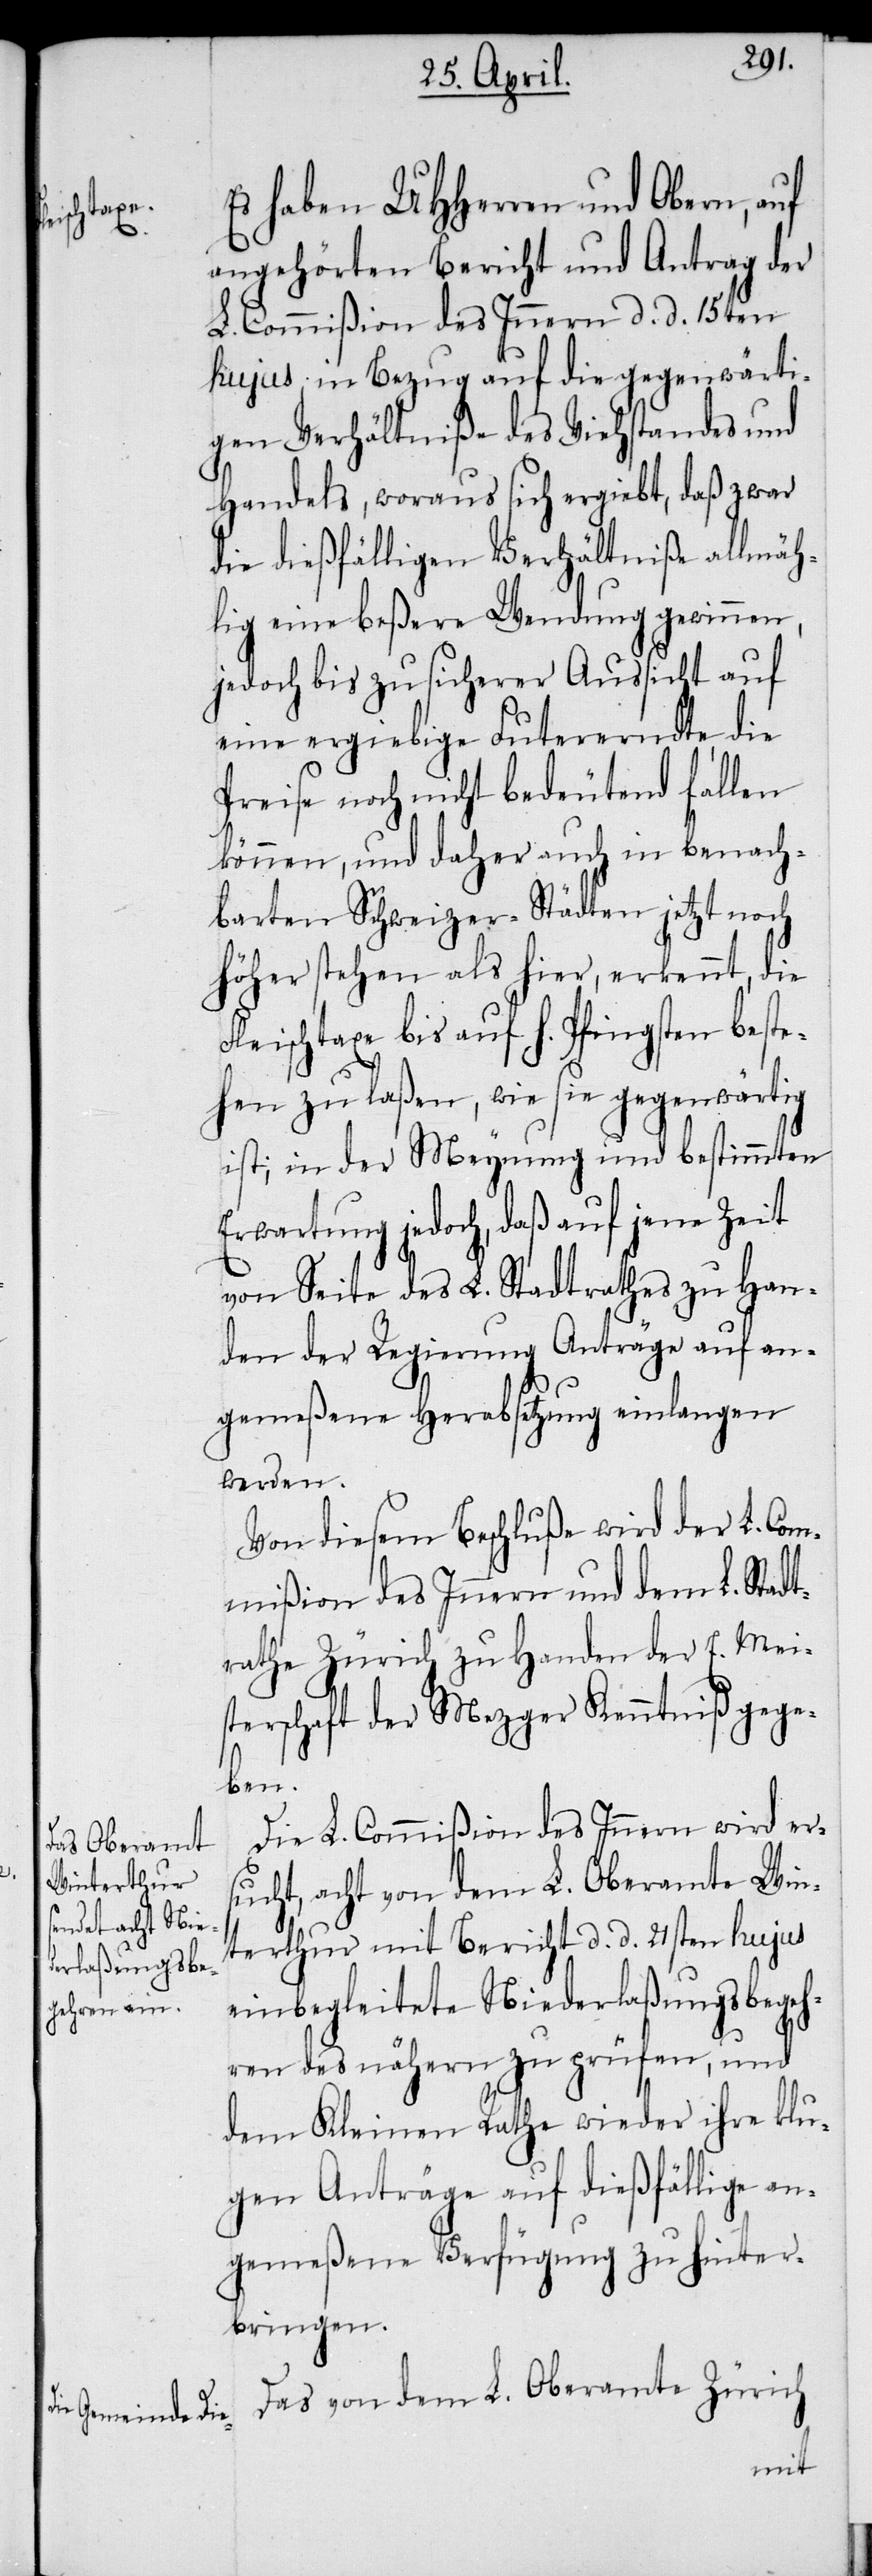
Es haben UHHerren und Obern, auf
angehörten Bericht und Antrag der
L. Commißion des Innern d. d. 15ten
hujus, in Bezug auf die gegenwärti¬
gen Verhältniße des Viehstandes und
Handels, woraus sich ergiebt, daß zwar
die dießfälligen Verhältniße allmäh¬
lig eine beßere Wendung gewinnen,
jedoch bis zu sicherer Aussicht auf
eine ergiebige Futererndte, die
Preise noch nicht bedeutend fallen
können, und daher auch in benach¬
barten Schweizer-Städten jetzt noch
höher stehen als hier, erkennt, die
Fleischtaxe bis auf h. Pfingsten beste¬
hen zu laßen, wie sie gegenwärtig
ist; in der Meynung und bestimmten
Erwartung jedoch, daß auf jene
von Seite des L. Stadtrathes zu Han¬
den der Regierung Anträge auf an¬
gemeßene Herabsetzung einlangen
werden.
Von diesem Beschluße wird der L. Com¬
mißion des Innern und dem L. Stadt¬
rathe Zürich zu Handen der E. Meis¬
terschaft der Mezger Kenntniß gege¬
ben.
Die L. Commißion des Innern wird ers¬
ucht, acht von dem L. Oberamte Win¬
terthur mit Bericht d. d. 21sten hujus
einbegleitete Niederlaßungsbegeh¬
ren des nähern zu prüfen, und
dem Kleinen Rathe wieder ihre klu¬
gen Anträge auf dießfällige an¬
gemeßene Verfügung zu hinter¬
bringen.
Das von dem L. Oberamte Zürich